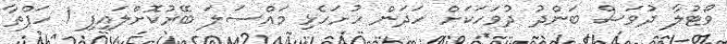
ވޯޓުލާ ދުވަސް ބަންދު ދުވަހަކަށް ހަދަން ހުށަހެޅި މައްސަލަ ބޭރުކޮށްލައިފި 1 ހަފްތާ